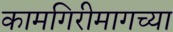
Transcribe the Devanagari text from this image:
कामगिरीमागच्या